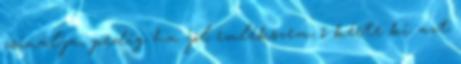
csinálja, pedig ha jól emlékszem, ő kérte ki azt